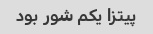
پیتزا یکم شور بود